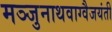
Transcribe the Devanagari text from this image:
मञ्जुनाथवाग्वैजयंती